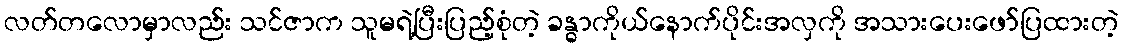
လတ်တလောမှာလည်း သင်ဇာက သူမရဲ့ပြီးပြည့်စုံတဲ့ ခန္ဓာကိုယ်နောက်ပိုင်းအလှကို အသားပေးဖော်ပြထားတဲ့